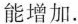
能增加。